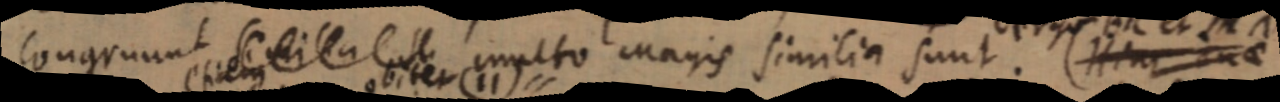
congruunt similia multo magis similia sunt. (Hinc duae